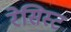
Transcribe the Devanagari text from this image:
रेसिस्ट